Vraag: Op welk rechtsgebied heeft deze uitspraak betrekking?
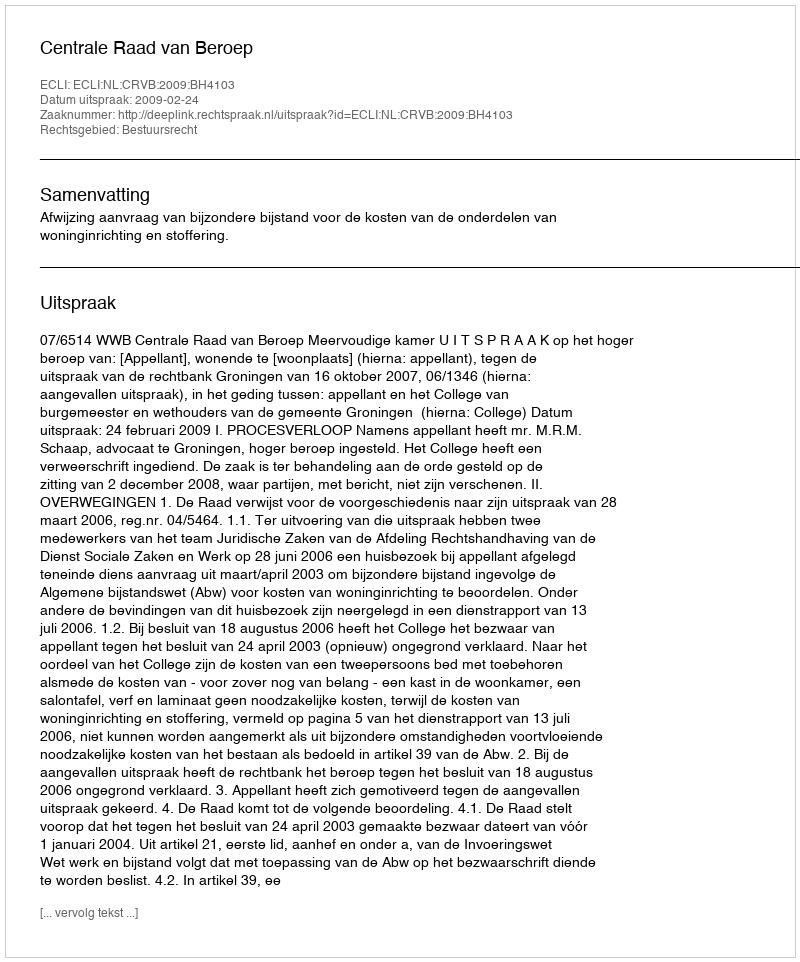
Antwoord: Bestuursrecht